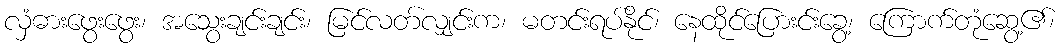
လှံဓားဖွေးဖွေး၊ အသွေးချင်းချင်း၊ မြင်လတ်လျှင်းက၊ မတင်းရပ်နိုင်၊ နေထိုင်ပြေားင်းခွေ့၊ ကြောက်တုံဆွေ့၏၊